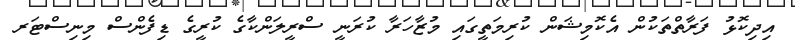
އިދިކޮޅު ފަރާތްތަކުން އެކޮމިޝަން ކުރިމަތީގައި މުޒާހަރާ ކުރަނީ ސްރީލަންކާގެ ކުރީގެ ޑިފެންސް މިނިސްޓަރ